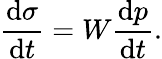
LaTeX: \frac{\mathrm{d}\sigma}{\mathrm{d}t}=W\frac{\mathrm{d}p}{\mathrm{d}t}.